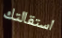
استقالتك